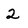
Character: 2